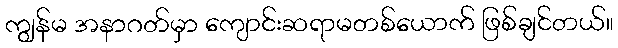
ကျွန်မ အနာဂတ်မှာ ကျောင်းဆရာမတစ်ယောက် ဖြစ်ချင်တယ်။